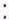
: